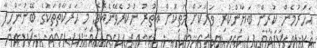
އަހަރުމެން ކުރިން ބަޔާންކުރި ވަރަކަށް މަތިކޮށް އިތުރު ނުކުރެވޭނެއެވެ; މި ޙަރަކާތްތަކުގެ ބޭނުންހިފާ